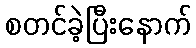
စတင်ခဲ့ပြီးနောက်